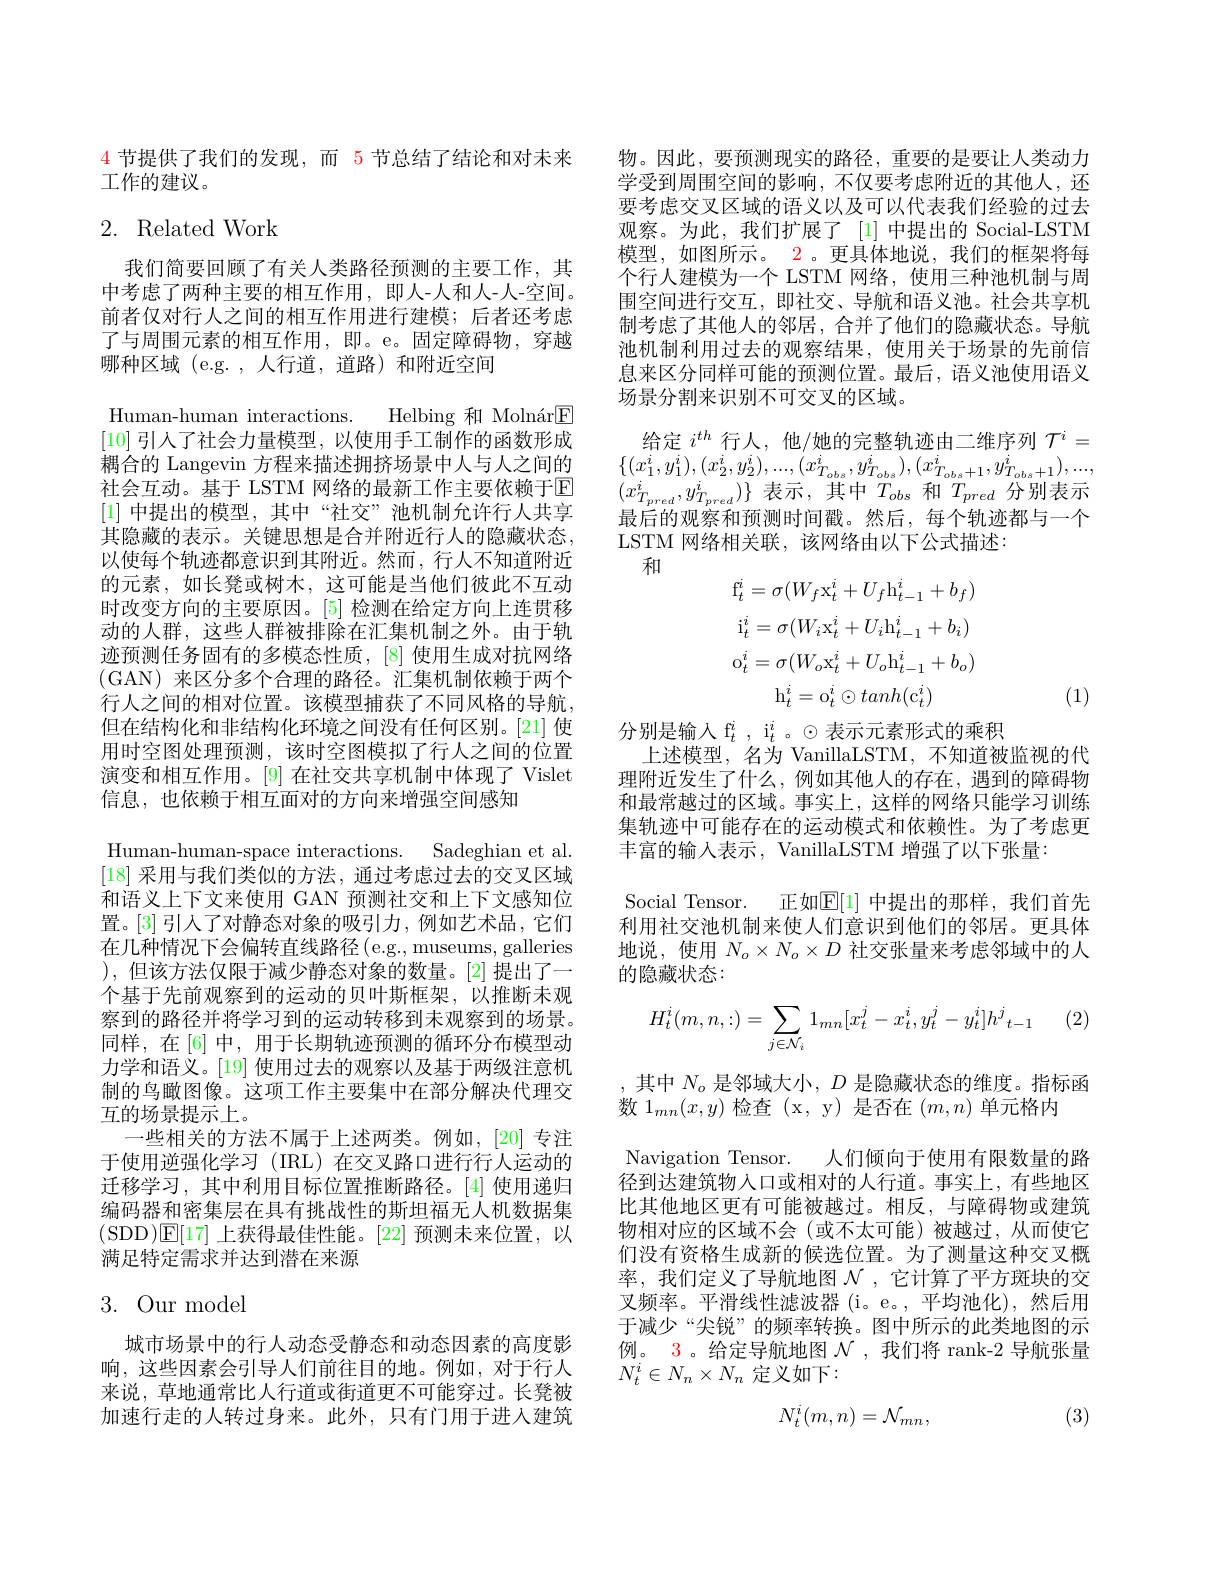
4节提供了我们的发现，而 5 节总结了结论和对未来
工作的建议。

## 2. Related Work

我们简要回顾了有关人类路径预测的主要工作，其中考虑了两种主要的相互作用，即人-人和人-人-空间。前者仅对行人之间的相互作用进行建模；后者还考虑了与周围元素的相互作用，即。e。固定障碍物，穿越哪种区域 (e.g. ,人行道，道路) 和附近空间
Human-human interactions. Helbing 和 Molnár$\boxed{\mathrm{E}}$ [10]引人了社会力量模型，以使用手工制作的函数形成耦合的 Langevin 方程来描述拥挤场景中人与人之间的社会互动。基于 LSTM 网络的最新工作主要依赖于E [1]中提出的模型，其中“社交”池机制允许行人共享其隐藏的表示。关键思想是合并附近行人的隐藏状态， 以使每个轨迹都意识到其附近。然而，行人不知道附近的元素，如长凳或树木，这可能是当他们彼此不互动时改变方向的主要原因。[5] 检测在给定方向上连贯移动的人群，这些人群被排除在汇集机制之外。由于轨迹预测任务固有的多模态性质，[8] 使用生成对抗网络(GAN)来区分多个合理的路径。汇集机制依赖于两个行人之间的相对位置。该模型捕获了不同风格的导航， 但在结构化和非结构化环境之间没有任何区别。[21] 使用时空图处理预测，该时空图模拟了行人之间的位置演变和相互作用。[9] 在社交共享机制中体现了 Vislet 信息，也依赖于相互面对的方向来增强空间感知
Human-human-space interactions. Sadeghian et al. [18]采用与我们类似的方法，通过考虑过去的交叉区域和语义上下文来使用 GAN 预测社交和上下文感知位置。[3]引入了对静态对象的吸引力，例如艺术品，它们在几种情况下会偏转直线路径(e.g., museums, galleries ),但该方法仅限于减少静态对象的数量。[2]提出了一个基于先前观察到的运动的贝叶斯框架，以推断未观察到的路径并将学习到的运动转移到未观察到的场景。同样，在[6] 中，用于长期轨迹预测的循环分布模型动力学和语义。[19] 使用过去的观察以及基于两级注意机制的鸟瞰图像。这项工作主要集中在部分解决代理交互的场景提示上。
一些相关的方法不属于上述两类。例如，[20]专注于使用逆强化学习 (IRL)在交叉路口进行行人运动的迁移学习，其中利用目标位置推断路径。[4] 使用递归编码器和密集层在具有挑战性的斯坦福无人机数据集(SDD)E[17]上获得最佳性能。[22] 预测未来位置，以满足特定需求并达到潜在来源
3. Our model

城市场景中的行人动态受静态和动态因素的高度影响，这些因素会引导人们前往目的地。例如，对于行人来说，草地通常比人行道或街道更不可能穿过。长凳被加速行走的人转过身来。此外，只有门用于进入建筑

物。因此，要预测现实的路径，重要的是要让人类动力学受到周围空间的影响，不仅要考虑附近的其他人，还要考虑交叉区域的语义以及可以代表我们经验的过去观察。为此，我们扩展了[1]中提出的 Social-LSTM 模型，如图所示。2。更具体地说，我们的框架将每个行人建模为一个 LSTM 网络，使用三种池机制与周围空间进行交互，即社交、导航和语义池。社会共享机制考虑了其他人的邻居，合并了他们的隐藏状态。导航池机制利用过去的观察结果，使用关于场景的先前信息来区分同样可能的预测位置。最后，语义池使用语义场景分割来识别不可交叉的区域。
给定$i^{th}$行人，他/她的完整轨迹由二维序列$\mathcal{T}^i=$ $\{(x_{1}^{i},y_{1}^{i}),(x_{2}^{i},y_{2}^{i}),...,(x_{T_{obs}}^{i},y_{T_{obs}}^{i}),(x_{T_{obs}+1}^{i},y_{T_{obs}+1}^{i}),...$, $(x_{T_{pred}}^{i},y_{T_{pred}}^{i})\}$表示，其中$T_obs$和$T_pred$分别表示最后的观察和预测时间戳。然后，每个轨迹都与一个LSTM 网络相关联，该网络由以下公式描述：
和
$$\mathrm{f}_{t}^{i}=\sigma(W_{f}\mathrm{x}_{t}^{i}+U_{f}\mathrm{h}_{t-1}^{i}+b_{f})\\\mathrm{i}_{t}^{i}=\sigma(W_{i}\mathrm{x}_{t}^{i}+U_{i}\mathrm{h}_{t-1}^{i}+b_{i})\\\mathrm{o}_{t}^{i}=\sigma(W_{o}\mathrm{x}_{t}^{i}+U_{o}\mathrm{h}_{t-1}^{i}+b_{o})\\\mathrm{h}_{t}^{i}=\mathrm{o}_{t}^{i}\odot tanh(\mathrm{c}_{t}^{i})$$
(1)

分别是输入 f$_t^i$, i$_t^i$ 。$\odot$表示元素形式的乘积
上述模型，名为 VanillaLSTM, 不知道被监视的代理附近发生了什么，例如其他人的存在，遇到的障碍物和最常越过的区域。事实上，这样的网络只能学习训练集轨迹中可能存在的运动模式和依赖性。为了考虑更丰富的输入表示，VanillaLSTM 增强了以下张量：
Social Tensor. 正如$\mathbb{E}[1]$ 中提出的那样，我们首先利用社交池机制来使人们意识到他们的邻居。更具体地说，使用$N_o\times N_o\times D$社交张量来考虑邻域中的人的隐藏状态：
$$H_t^i(m,n,:)=\sum_{j\in\mathcal{N}_i}1_{mn}[x_t^j-x_t^i,y_t^j-y_t^i]{h^j}_{t-1}$$
,其中$N_o$ 是邻域大小$,D$ 是隐藏状态的维度。指标函
数 1$_mn(x,y)$检查 (x, y) 是否在$(m,n)$单元格内
Navigation Tensor. 人们倾向于使用有限数量的路径到达建筑物人口或相对的人行道。事实上，有些地区比其他地区更有可能被越过。相反，与障碍物或建筑物相对应的区域不会(或不太可能)被越过，从而使它们没有资格生成新的候选位置。为了测量这种交叉概率，我们定义了导航地图$\mathcal{N}$ ,它计算了平方斑块的交叉频率。平滑线性滤波器 (i。e。,平均池化),然后用于减少“尖锐”的频率转换。图中所示的此类地图的示例。3。给定导航地图$\mathcal{N}$,我们将 rank-2 导航张量$N_t^i\in N_n\times N_n$ 定义如下：

(3)
$$N_t^i(m,n)=\mathcal{N}_{mn},$$